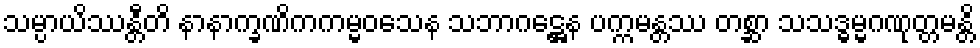
သမ္ပာယိဿန္တီတိ နာနာက္ခဏိကကမ္မဝသေန သဘာဂဋ္ဌေန ပက္ကမန္တဿ တစ္ဆာ သသဒ္ဓမ္မဂဏုတ္တမန္တိ